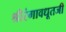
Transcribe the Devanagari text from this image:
श्रीरंगावधूतजी